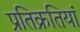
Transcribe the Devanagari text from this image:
प्रतिक्रतियां